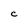
Character: C